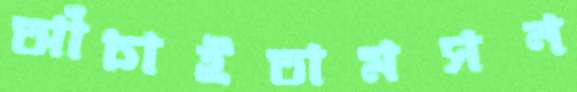
আঁচাইতামসন